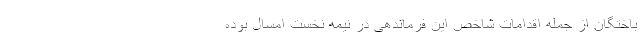
باختگان از جمله اقدامات شاخص این فرماندهی در نیمه نخست امسال بوده